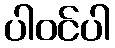
ပါဝင်ပါ